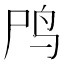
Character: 鸤